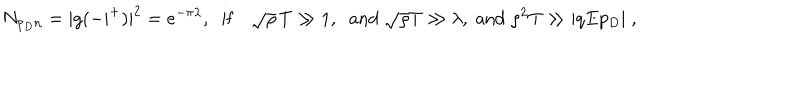
LaTeX: N _ { p _ { D } n } = | g ( - | ^ { + } ) | ^ { 2 } = e ^ { - \pi \lambda } , \; \; \mathrm { i f } \quad \sqrt { \rho } \, T \gg 1 , \; \; \mathrm { a n d } \; \sqrt { \rho } T \gg \lambda , \; \mathrm { a n d } \; \rho ^ { 2 } T \gg | q E p _ { D } | \; ,